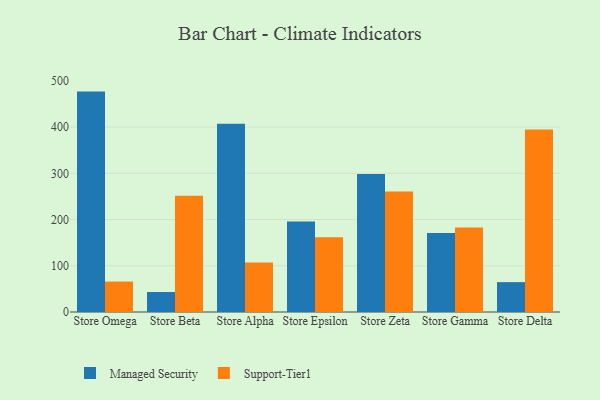
{"axis": {"x": "Store", "y": "Website Visitors"}, "legend": ["Managed Security", "Support-Tier1"], "data": [{"x": "Store Omega", "y": 476.7, "type": "Managed Security"}, {"x": "Store Omega", "y": 65.9, "type": "Support-Tier1"}, {"x": "Store Beta", "y": 43.2, "type": "Managed Security"}, {"x": "Store Beta", "y": 251.5, "type": "Support-Tier1"}, {"x": "Store Alpha", "y": 407.4, "type": "Managed Security"}, {"x": "Store Alpha", "y": 107.2, "type": "Support-Tier1"}, {"x": "Store Epsilon", "y": 195.5, "type": "Managed Security"}, {"x": "Store Epsilon", "y": 161.5, "type": "Support-Tier1"}, {"x": "Store Zeta", "y": 298.7, "type": "Managed Security"}, {"x": "Store Zeta", "y": 260.8, "type": "Support-Tier1"}, {"x": "Store Gamma", "y": 171.0, "type": "Managed Security"}, {"x": "Store Gamma", "y": 182.7, "type": "Support-Tier1"}, {"x": "Store Delta", "y": 64.6, "type": "Managed Security"}, {"x": "Store Delta", "y": 394.5, "type": "Support-Tier1"}]}